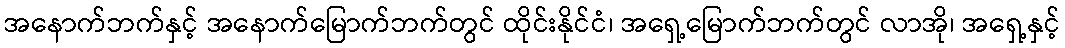
အနောက်ဘက်နှင့် အနောက်မြောက်ဘက်တွင် ထိုင်းနိုင်ငံ၊ အရှေ့မြောက်ဘက်တွင် လာအို၊ အရှေ့နှင့်